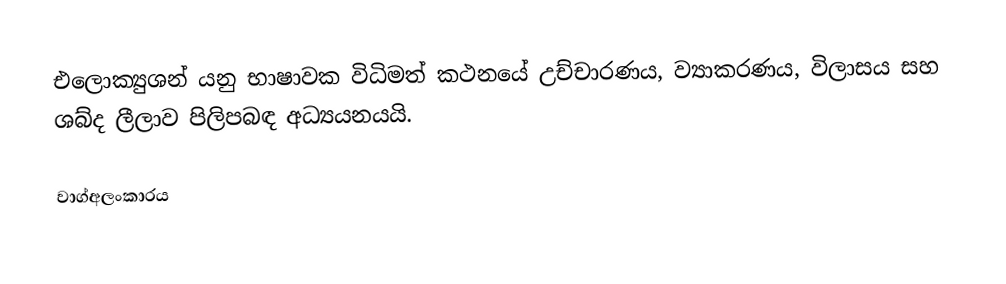
එලොක්‍යුශන් යනු භාෂාවක විධිමත් කථනයේ උච්චාරණය, ව්‍යාකරණය, විලාසය සහ ශබ්ද ලීලාව පිලිපබඳ අධ්‍යයනයයි.

වාග්අලංකාරය